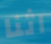
اثنا